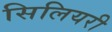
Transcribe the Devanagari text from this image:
सिलियरी